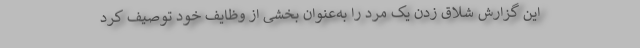
این گزارش شلاق زدن یک مرد را به‌عنوان بخشی از وظایف خود توصیف کرد